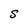
Character: S